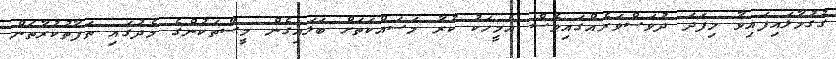
ގުގުމާލައިފައިވާ މިފަދަ ދުވަސްވަރެއްގައިވެސް އެމީހަކު ކުރާ މަސައްކަތަށް ބަލައިގެން މީސްތަކުންގެ މެދުގައި ތަފާތުކުރާތަން